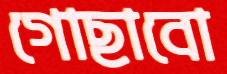
গোছাবো